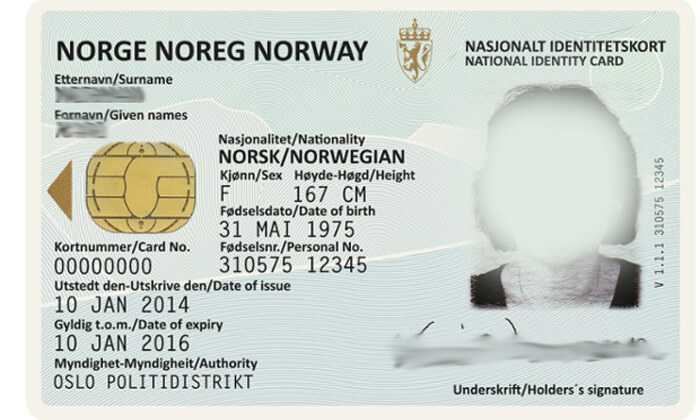
Language: no